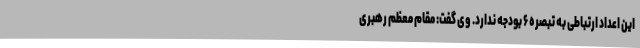
این اعداد ارتباطی به تبصره ۶ بودجه ندارد. وی گفت: مقام معظم رهبری